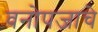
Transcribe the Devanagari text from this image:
वनोपजाचे